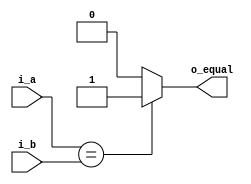
module Comparator(i_a ,i_b ,o_equal);

input [31:0]  i_a;
input [31:0]  i_b;
output o_equal;

assign o_equal = (i_a == i_b) ? 1'b1 : 1'b0;

endmodule